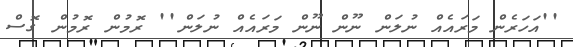
''އަހަރެން މަރައެއް ނުލަން ނޫން ނޫން މަރައެއް ނުލަން'' ރޮމުން ރޮމުން ގޮސް